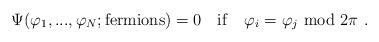
LaTeX: \begin{align*}\Psi(\varphi_1,...,\varphi_N;{\rm fermions}) = 0 \quad {\rm if} \quad\varphi_i=\varphi_j \ {\rm mod}\ 2\pi \ .\end{align*}